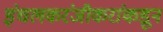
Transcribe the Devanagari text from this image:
इंचलकरंजीकरांकडून